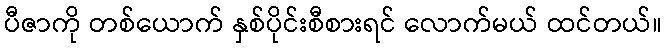
ပီဇာကို တစ်ယောက် နှစ်ပိုင်းစီစားရင် လောက်မယ် ထင်တယ်။